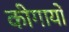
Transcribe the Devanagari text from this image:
कीगायों